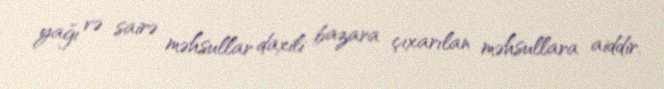
yağı və sairə məhsullar daxili bazara çıxarılan məhsullara aiddir.